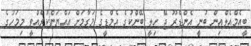
ބީއެމްއެލްއިން ބުނީ އެންޑްރޫ ޖޭ ހިލީ ބޭންކުގެ އެމްޑީގެ މަގާމަށް އައްޔަންކުރެއްވީ މިމަހުގެ